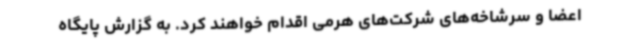
اعضا و سرشاخه‌های شرکت‌های هرمی اقدام خواهند کرد. به گزارش پایگاه